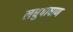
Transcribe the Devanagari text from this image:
लधुपाषाण